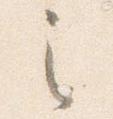
之